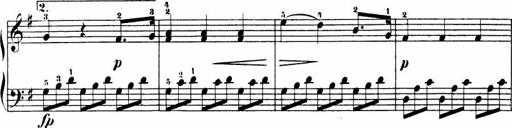
Title: Le bouquetier
Composer: Anton Diabelli
Key: G major
 C major
 F major
 C major